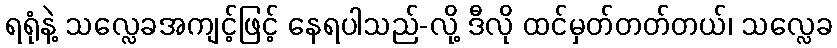
ရရုံနဲ့ သလ္လေခအကျင့်ဖြင့် နေရပါသည်-လို့ ဒီလို ထင်မှတ်တတ်တယ်၊ သလ္လေခ